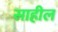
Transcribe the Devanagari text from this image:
साहील